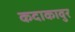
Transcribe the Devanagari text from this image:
कदाकावुर